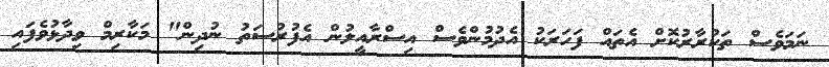
ނަމަވެސް ތަކުރާރުކޮށް އެތައް ފަހަރަކު އެދުމުންވެސް އިސްރާއީލުން އެފުރުސަތު ނުދިން" މަކާރިމް ވިދާޅުވެފައި